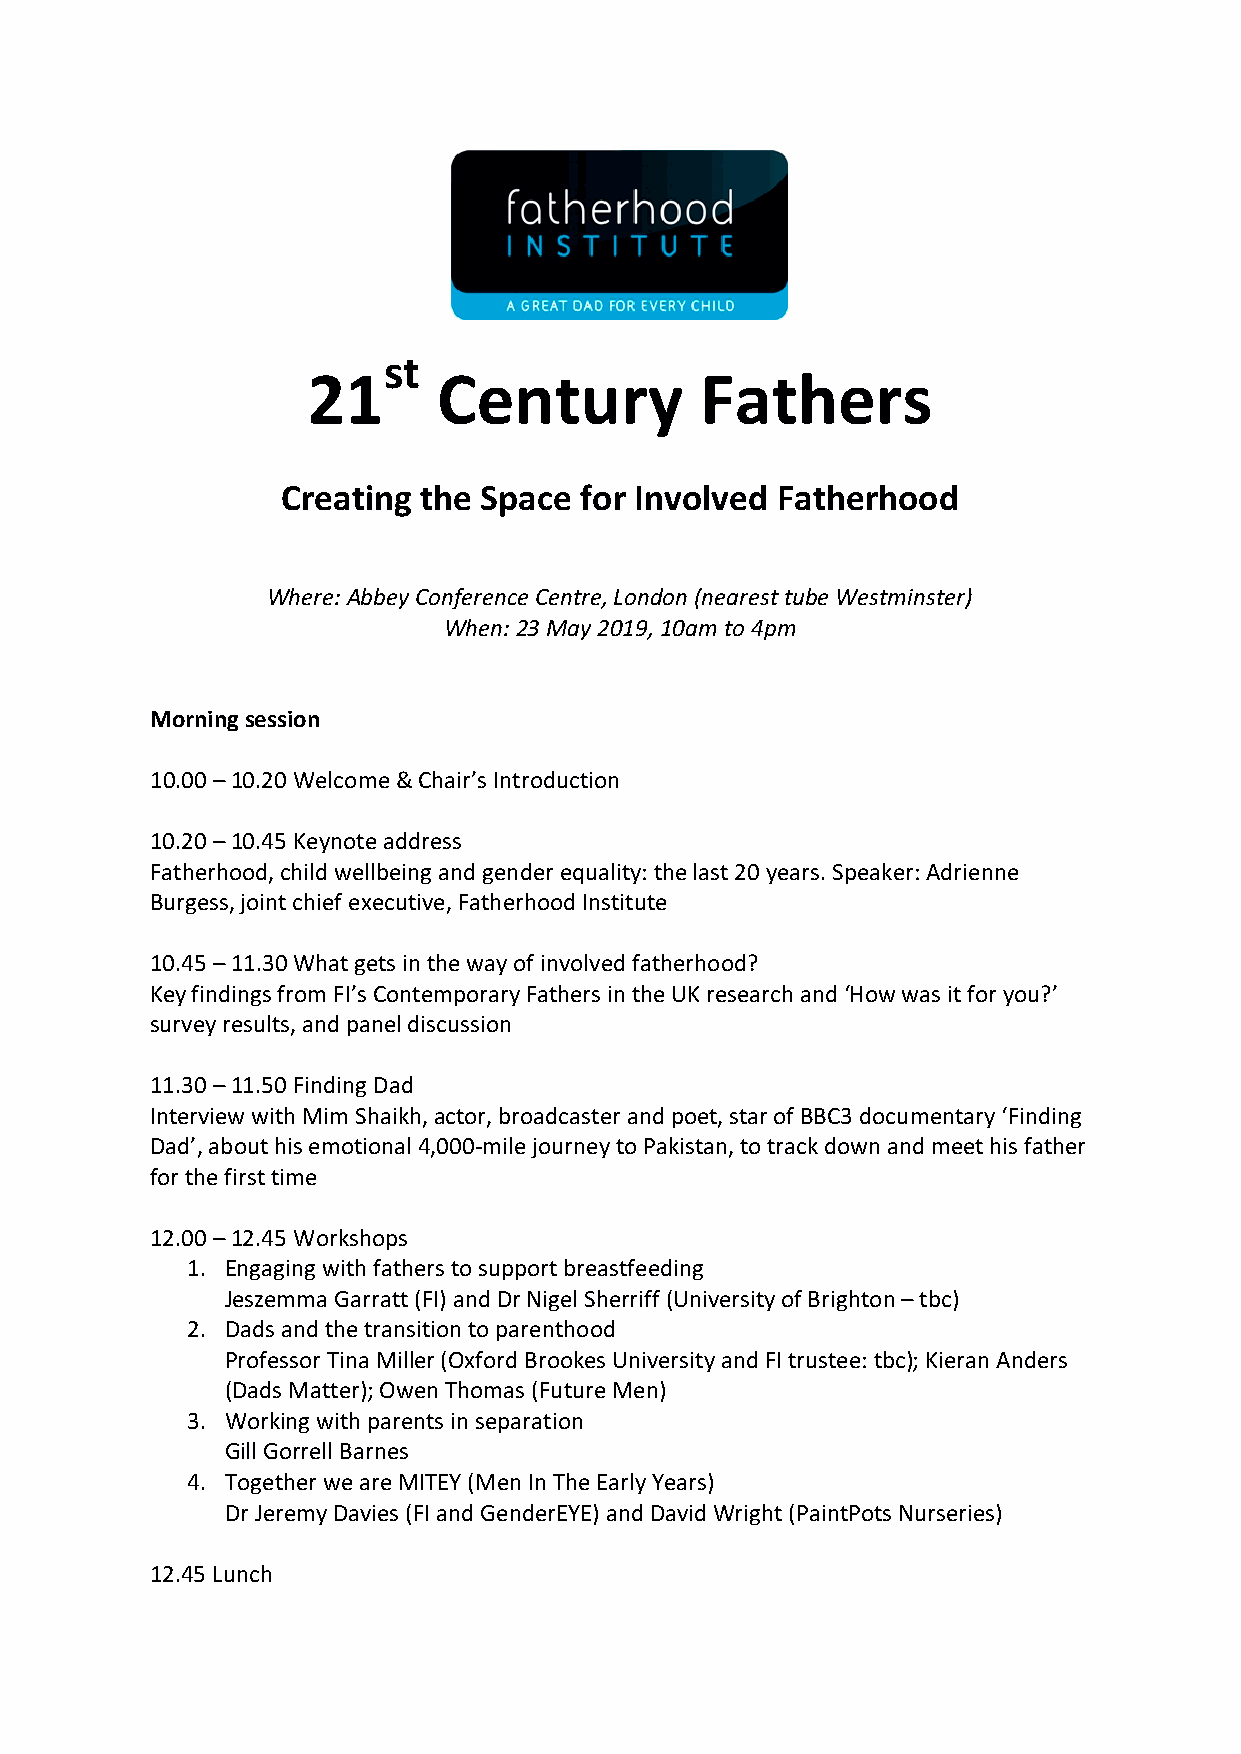
st
 21       Century          Fathers
 Creating the Space for Involved Fatherhood
 Where: Abbey Conference Centre, London (nearest tube Westminster)
 When: 23 May 2019, 10am to 4pm
 Morning session
 10.00 – 10.20 Welcome & Chair’s Introduction
 10.20 – 10.45 Keynote address
 Fatherhood, child wellbeing and gender equality: the last 20 years. Speaker: Adrienne
 Burgess, joint chief executive, Fatherhood Institute
 10.45 – 11.30 What gets in the way of involved fatherhood?
 Key findings from FI’s Contemporary Fathers in the UK research and ‘How was it for you?’
 survey results, and panel discussion
 11.30 – 11.50 Finding Dad
 Interview with Mim Shaikh, actor, broadcaster and poet, star of BBC3 documentary ‘Finding
 Dad’, about his emotional 4,000-mile journey to Pakistan, to track down and meet his father
 for the first time
 12.00 – 12.45 Workshops
 1. Engaging with fathers to support breastfeeding
 Jeszemma Garratt (FI) and Dr Nigel Sherriff (University of Brighton – tbc)
 2. Dads and the transition to parenthood
 Professor Tina Miller (Oxford Brookes University and FI trustee: tbc); Kieran Anders
 (Dads Matter); Owen Thomas (Future Men)
 3. Working with parents in separation
 Gill Gorrell Barnes
 4. Together we are MITEY (Men In The Early Years)
 Dr Jeremy Davies (FI and GenderEYE) and David Wright (PaintPots Nurseries)
 12.45 Lunch